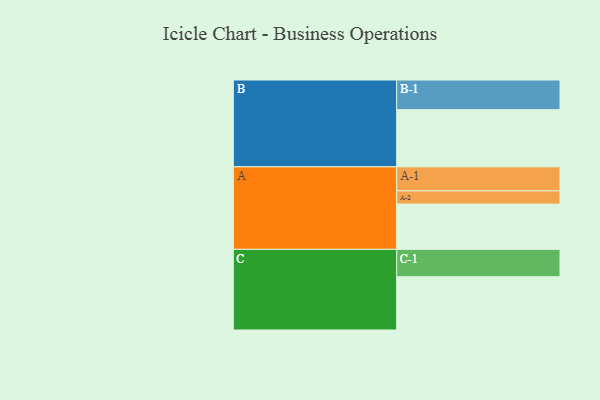
{"axis": {"x": "Segment", "y": "Value"}, "legend": ["", "A", "B", "C"], "data": [{"x": "A", "y": 336, "type": ""}, {"x": "B", "y": 424, "type": ""}, {"x": "C", "y": 395, "type": ""}, {"x": "A-1", "y": 178, "type": "A"}, {"x": "A-2", "y": 98, "type": "A"}, {"x": "B-1", "y": 220, "type": "B"}, {"x": "C-1", "y": 203, "type": "C"}]}